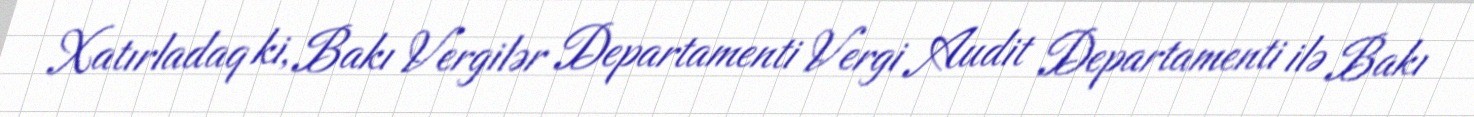
Xatırladaq ki, Bakı Vergilər Departamenti Vergi Audit Departamenti ilə Bakı